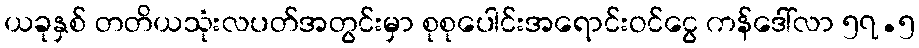
ယခုနှစ် တတိယသုံးလပတ်အတွင်းမှာ စုစုပေါင်းအရောင်းဝင်ငွေ ကန်ဒေါ်လာ ၅၇.၅